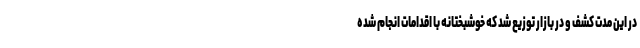
در این مدت کشف و در بازار توزیع شد که خوشبختانه با اقدامات انجام شده